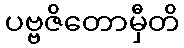
ပဗ္ဗဇိတောမှီတိ